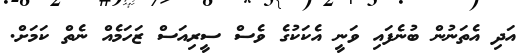
އަދި އެތަނުން ބުނެފައި ވަނީ އެކަކުގެ ވެސް ސީރިއަސް ޒަހަމެއް ނެތް ކަމަށް.